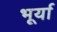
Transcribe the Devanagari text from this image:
भूर्या